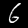
Label: 6